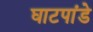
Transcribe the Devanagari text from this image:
घाटपांडे